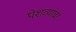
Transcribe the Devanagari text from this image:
पेशव्यांवर